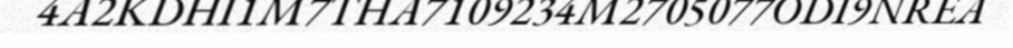
4A2KDHI1M7THA7109234M2705077ODI9NREA